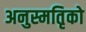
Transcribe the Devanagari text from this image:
अनुस्मतिृको